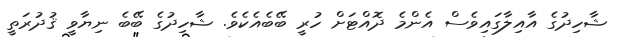
ޝާހިދުގެ އާއިލާގައިވެސް އެންމެ ދޮއްޓަށް ހުރީ ބޭބެއެކެެވެ. ޝާހިދުގެ ބޭބެ ނިޔާވީ ޤުދުރަތީ